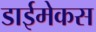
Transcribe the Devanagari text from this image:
डाईमेकस